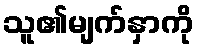
သူ၏မျက်နှာကို